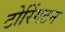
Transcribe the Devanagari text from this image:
टोरिंगटन